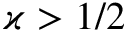
\varkappa > 1 / 2